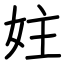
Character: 妵